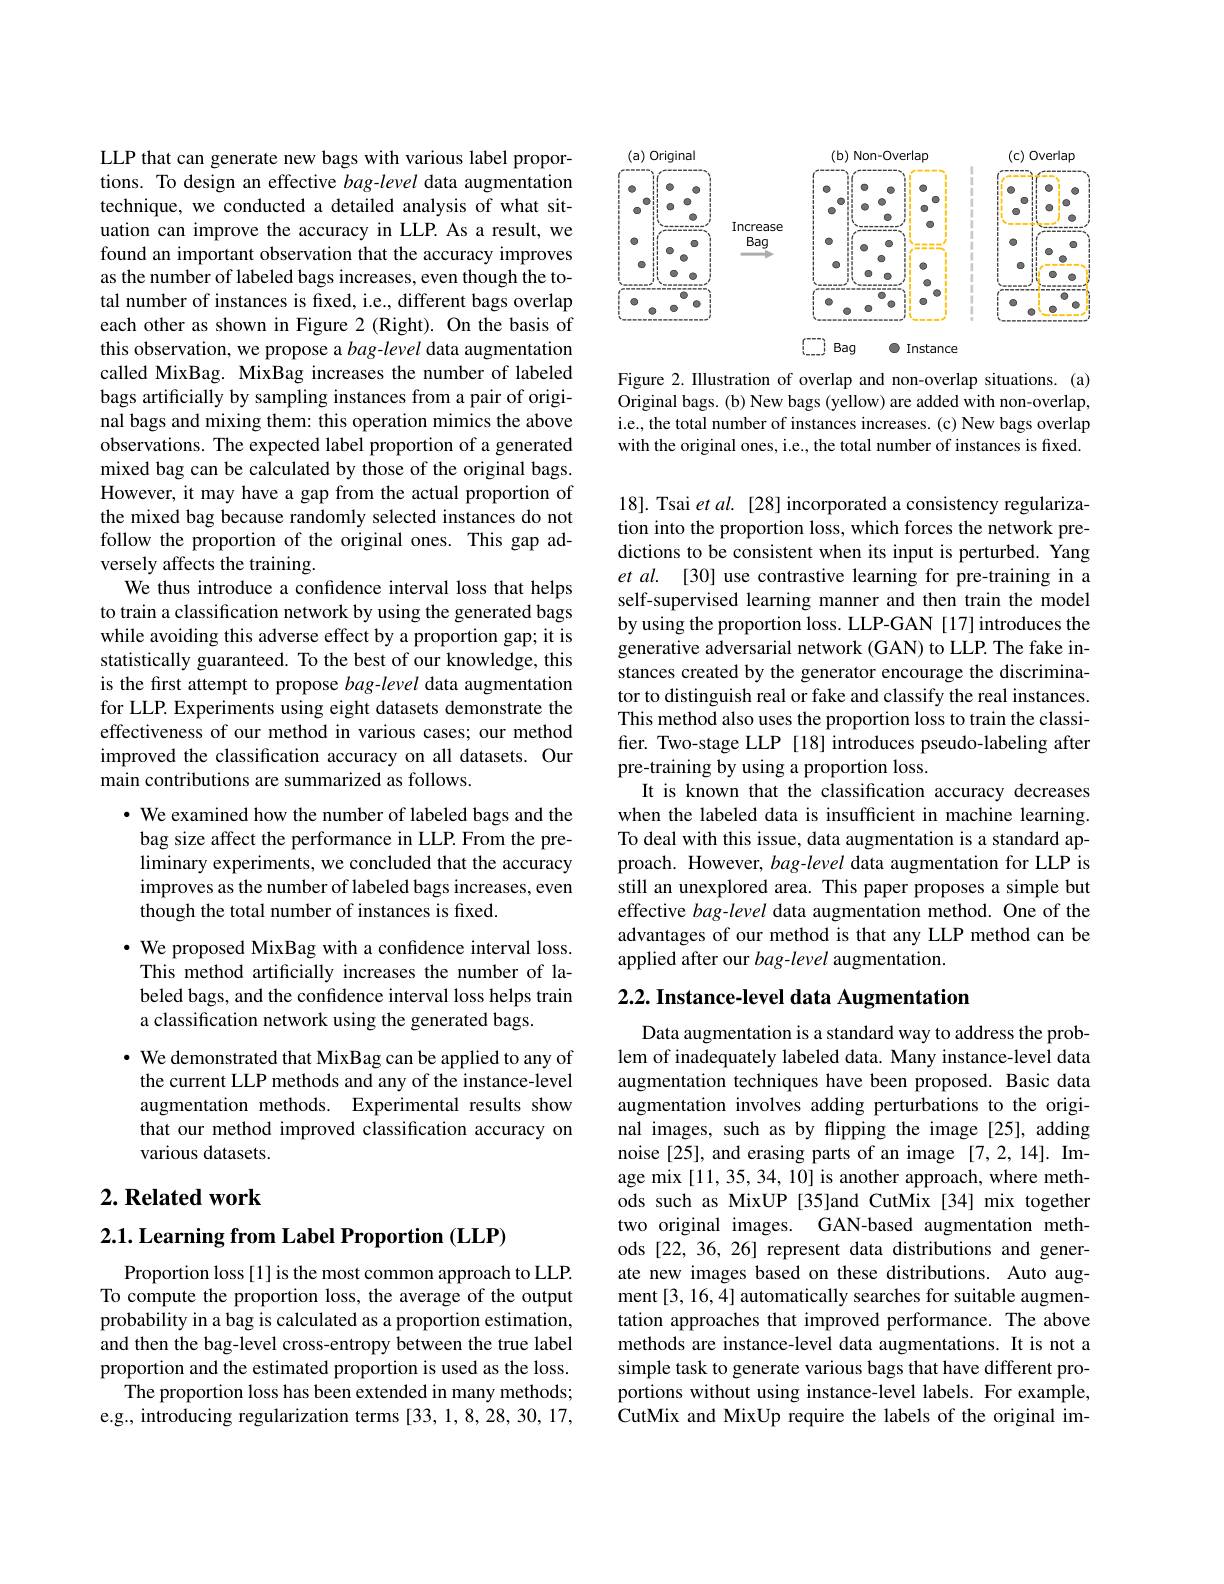
LLP that can generate new bags with various label proportions. To design an effective bag-level data augmentation technique, we conducted a detailed analysis of what situation can improve the accuracy in LLP. As a result, we found an important observation that the accuracy improves as the number of labeled bags increases, even though the total number of instances is fixed, i.e., different bags overlap each other as shown in Figure 2 (Right). On the basis of this observation, we propose a $bag-level$ data augmentation called MixBag. MixBag increases the number of labeled bags artificially by sampling instances from a pair of original bags and mixing them: this operation mimics the above observations. The expected label proportion of a generated mixed bag can be calculated by those of the original bags. However, it may have a gap from the actual proportion of the mixed bag because randomly selected instances do not follow the proportion of the original ones. This gap adversely affects the training.
We thus introduce a confidence interval loss that helps to train a classification network by using the generated bags while avoiding this adverse effect by a proportion gap; it is statistically guaranteed. To the best of our knowledge, this is the frst attempt to propose bag-level data augmentation for LLP. Experiments using eight datasets demonstrate the effectiveness of our method in various cases; our method improved the classification accuracy on all datasets. Our main contributions are summarized as follows.

$\cdot$ We examined how the number of labeled bags and the bag size affect the performance in LLP. From the preliminary experiments, we concluded that the accuracy improves as the number of labeled bags increases, even though the total number of instances is fixed.

$\cdot$ We proposed MixBag with a confidence interval loss. This method artificially increases the number of labeled bags, and the confidence interval loss helps train a classification network using the generated bags.

· We demonstrated that MixBag can be applied to any of the current LLP methods and any of the instance-level augmentation methods. Experimental results show that our method improved classification accuracy on various datasets.

## $2. \textbf{ Related work}$

$2. 1. \textbf{Learning from Label Proportion }( \mathbf{LLP})$

Proportion loss[1] is the most common approach to LLP. To compute the proportion loss, the average of the output probability in a bag is calculated as a proportion estimation, and then the bag-level cross-entropy between the true label proportion and the estimated proportion is used as the loss.
The proportion loss has been extended in many methods; e.g., introducing regularization terms [33,1,8,28,30,17,

<FigureHere>

Figure 2. Illustration of overlap and non-overlap situations. (a) Original bags. (b) New bags (yellow) are added with non-overlap, i.e., the total number of instances increases. (c) New bags overlap with the original ones, i.e., the total number of instances is fixed.

18]. Tsai et al. [28] incorporated a consistency regularization into the proportion loss, which forces the network predictions to be consistent when its input is perturbed. Yang et al. [30] use contrastive learning for pre-training in a self-supervised learning manner and then train the model by using the proportion loss. LLP-GAN [17] introduces the generative adversarial network (GAN) to LLP. The fake instances created by the generator encourage the discriminator to distinguish real or fake and classify the real instances. This method also uses the proportion loss to train the classifier. Two-stage LLP [18] introduces pseudo-labeling after pre-training by using a proportion loss.
It is known that the classification accuracy decreases when the labeled data is insufficient in machine learning. To deal with this issue, data augmentation is a standard approach. However, bag-level data augmentation for LLP is still an unexplored area. This paper proposes a simple but effective $bag-level$ data augmentation method. One of the advantages of our method is that any LLP method can be applied after our bag-level augmentation.

# 2.2. Instance-level data Augmentation

Data augmentation is a standard way to address the problem of inadequately labeled data. Many instance-level data augmentation techniques have been proposed. Basic data augmentation involves adding perturbations to the original images, such as by flipping the image[25], adding noise[25], and erasing parts of an image [7,2,14]. Image mix [11, 35, 34, 10] is another approach, where methods such as MixUP [35]and CutMix [34] mix together two original images. GAN-based augmentation methods [22,36,26] represent data distributions and generate new images based on these distributions. Auto augment [3, 16, 4] automatically searches for suitable augmentation approaches that improved performance. The above methods are instance-level data augmentations. It is not a simple task to generate various bags that have different proportions without using instance-level labels. For example, CutMix and MixUp require the labels of the original im-